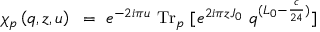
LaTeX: \chi _ { p } \left( q , z , u \right) ~ = ~ e ^ { - 2 i \pi u } \ \mathrm { T r } _ { p } \ [ e ^ { 2 i \pi z J _ { 0 } } \ q ^ { ( L _ { 0 } - { \frac { c } { 2 4 } } ) } ]